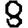
Digit: 8